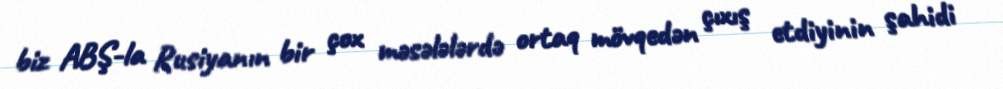
biz ABŞ-la Rusiyanın bir çox məsələlərdə ortaq mövqedən çıxış etdiyinin şahidi